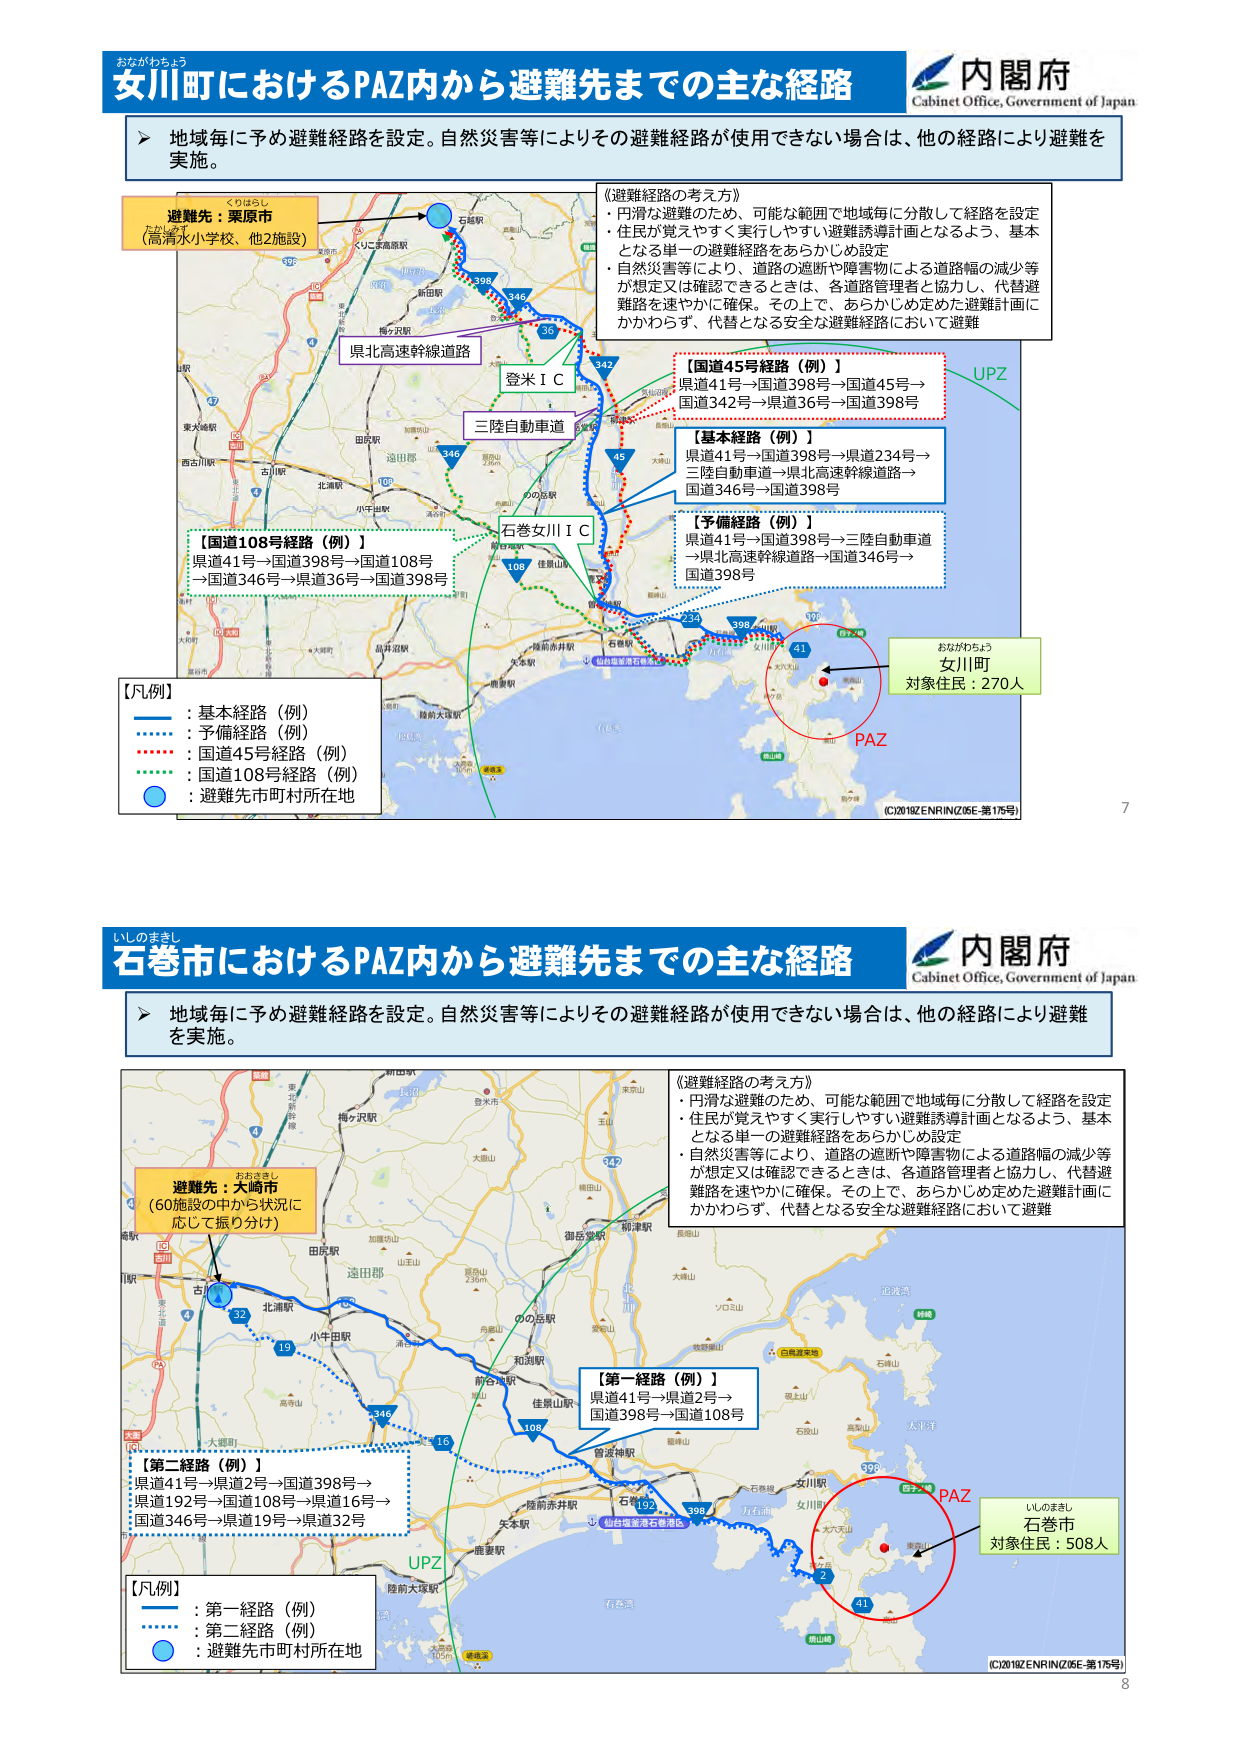
おながわちょう
安川町におけるPAZ内から避難先までの主な経路
内閣府
Cabinet Office, Government of Japan

➤ 地域毎に予め避難経路を設定。自然災害等によりその避難経路が使用できない場合は、他の経路により避難を実施。

避難先：栗原市
（高清水小学校、他2施設）

《避難経路の考え方》
・円滑な避難のため、可能な範囲で地域毎に分散して経路を設定
・住民が覚えやすく実行しやすい避難誘導計画となるよう、基本となる単一の避難経路をあらかじめ設定
・自然災害等により、道路の遮断や障害物による道路幅の減少等が想定又は確認できるときは、各道路管理者と協力し、代替避難路を速やかに確保。その上で、あらかじめ定めた避難計画にかかわらず、代替となる安全な避難経路において避難

【国道45号経路（例）】
県道41号→国道398号→国道45号→
国道342号→県道36号→国道398号

【基本経路（例）】
県道41号→国道398号→県道234号→
三陸自動車道→県北高速幹線道路→
国道346号→国道398号

【予備経路（例）】
県道41号→国道398号→三陸自動車道→
県北高速幹線道路→国道346号→
国道398号

【国道108号経路（例）】
県道41号→国道398号→国道108号→
国道346号→県道36号→国道398号

【凡例】
: 基本経路（例）
: 予備経路（例）
: 国道45号経路（例）
: 国道108号経路（例）
: 避難先市町村所在地

県北高速幹線道路
登米ＩＣ
三陸自動車道
石巻女川ＩＣ
108
346
398
45
342
36
41
PAZ
おながわちょう
安川町
対象住民：270人
(C)2018ZENRIN(Z05E-第175号)
7

いしのまきし
石巻市におけるPAZ内から避難先までの主な経路
内閣府
Cabinet Office, Government of Japan

➤ 地域毎に予め避難経路を設定。自然災害等によりその避難経路が使用できない場合は、他の経路により避難を実施。

《避難経路の考え方》
・円滑な避難のため、可能な範囲で地域毎に分散して経路を設定
・住民が覚えやすく実行しやすい避難誘導計画となるよう、基本となる単一の避難経路をあらかじめ設定
・自然災害等により、道路の遮断や障害物による道路幅の減少等が想定又は確認できるときは、各道路管理者と協力し、代替避難路を速やかに確保。その上で、あらかじめ定めた避難計画にかかわらず、代替となる安全な避難経路において避難

【第一経路（例）】
県道41号→県道2号→
国道398号→国道108号

【第二経路（例）】
県道41号→県道2号→国道398号→
県道192号→国道108号→県道16号→
国道346号→県道19号→県道32号

【凡例】
: 第一経路（例）
: 第二経路（例）
: 避難先市町村所在地

避難先：大崎市
（60施設の中から状況に応じて振り分け）

PAZ
いしのまきし
石巻市
対象住民：508人
(C)2018ZENRIN(Z05E-第175号)
8